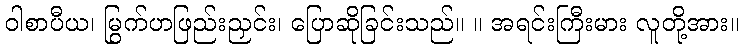
ဝါစာပီယ၊ မြွက်ဟဖြည်းညှင်း၊ ပြောဆိုခြင်းသည်။ ။ အရင်းကြီးမား လူတို့အား။